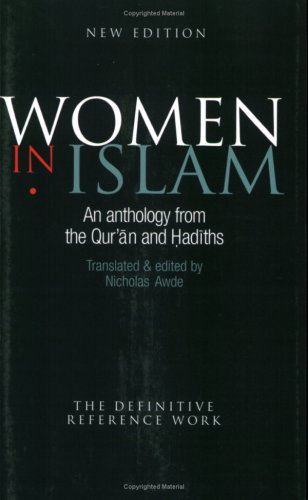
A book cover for Women In Islam: An Anthology From The Qu'ran And Hadiths; Nicholas Awde; Religion & Spirituality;